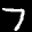
Label: 7